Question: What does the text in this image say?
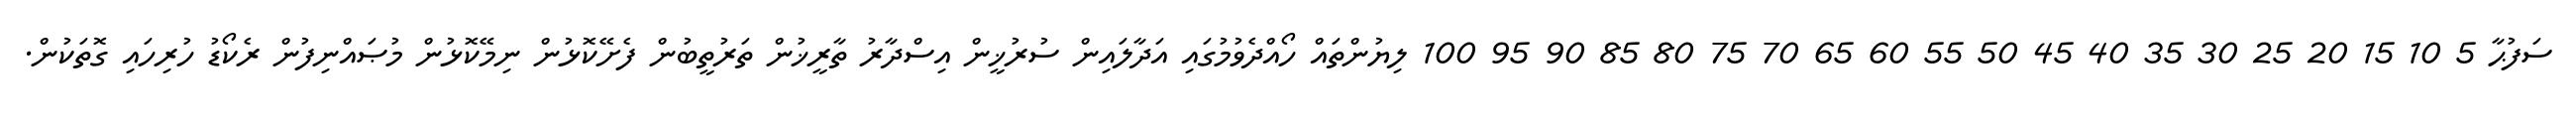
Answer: ސަފުޙާ 5 10 15 20 25 30 35 40 45 50 55 60 65 70 75 80 85 90 95 100 ލިޔުންތައް ހޯއްދެވުމުގައި އަދާލައިން ސުރުޚީން އިސްދާރު ތާރީޚުން ތަރުތީބުން ފެށޭކޮޅުން ނިމޭކޮޅުން މުޞައްނިފުން ރެކޯޑު ހުރިހައި ގޮތަކުން.